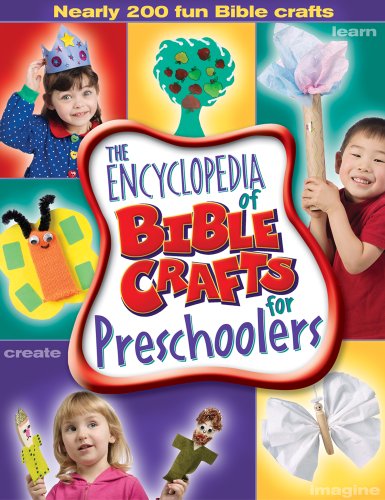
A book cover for The Encyclopedia of Bible Crafts for Preschoolers; Group Publishing; Christian Books & Bibles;